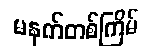
မနက်တစ်ကြိမ်